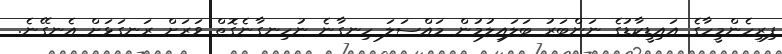
ފިރިހެންމީހާގެ އައިޑީކާޑުގެ ނަންބަރު ބަލައިލުމުން މައްސަލަ ހިނގާނެ ނުހިނގާނެގޮތް ވަރަށް ރަނގަޅަށް އެނގޭނެ.